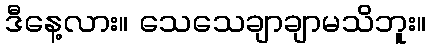
ဒီနေ့လား။ သေသေချာချာမသိဘူး။